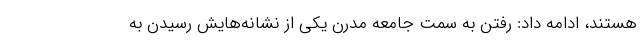
هستند، ادامه داد: رفتن به سمت جامعه مدرن یکی از نشانه‌هایش رسیدن به